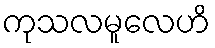
ကုသလမူလေဟိ